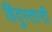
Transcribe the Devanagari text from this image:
हिंदुस्‍तानी